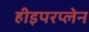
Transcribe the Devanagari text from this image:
हीइपरप्लेन